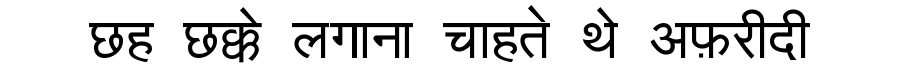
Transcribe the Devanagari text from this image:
छह छक्के लगाना चाहते थे अफ़रीदी